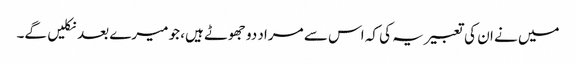
میں نے ان کی تعبیر یہ کی کہ اس سے مراد دو جھوٹے ہیں، جو میرے بعد نکلیں گے۔